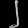
Digit: ၂